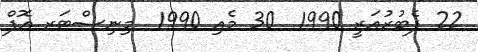
22 ފެބުރުއަރީ 1990  30 މެއި 1990  މިނިސްޓަރ އޮފް